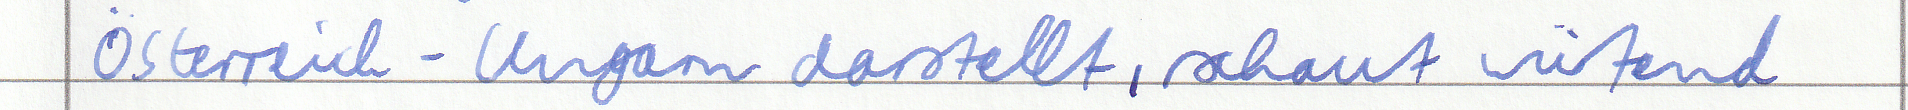
Österreich - Ungarn darstellt, schaut wütend